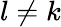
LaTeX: l\neq k